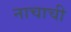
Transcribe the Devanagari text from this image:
नाचाची